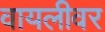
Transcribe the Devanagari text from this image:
वायलीवर